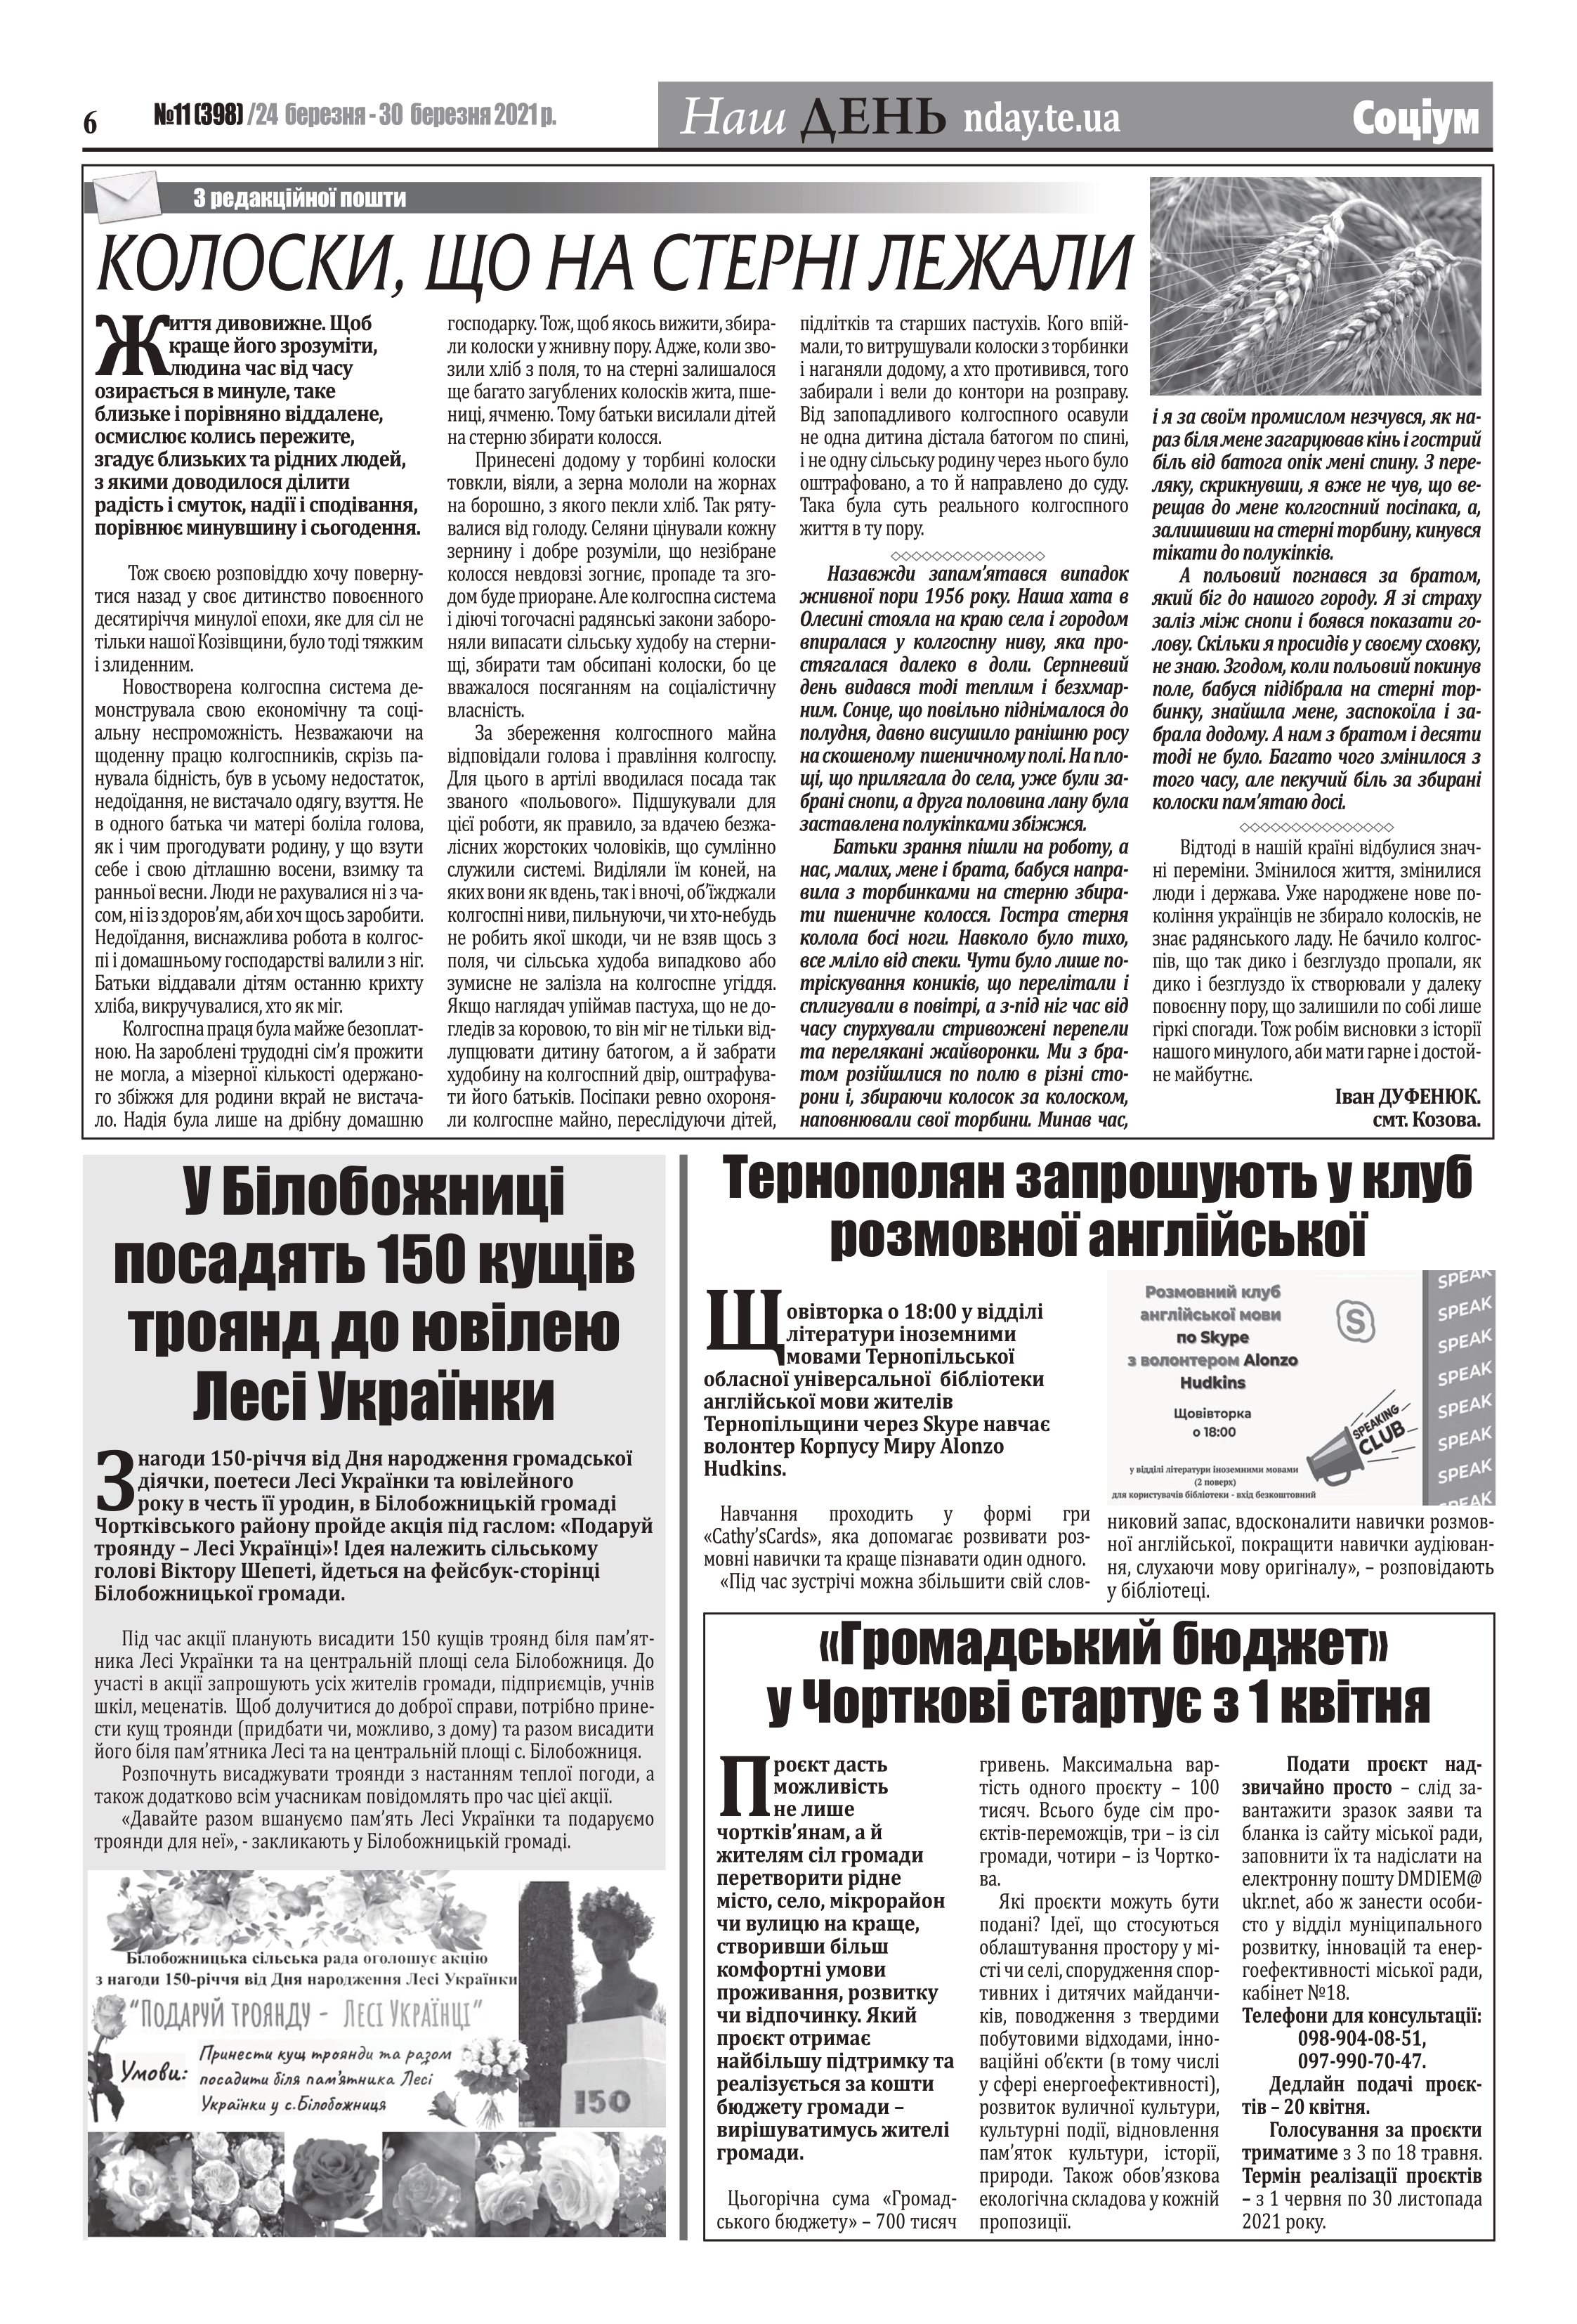
Language: uk